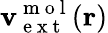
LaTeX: \mathbf{v}_{\mathrm{{~e~x~t~}}}^{\mathrm{{~m~o~l~}}}(\mathbf{{r}})